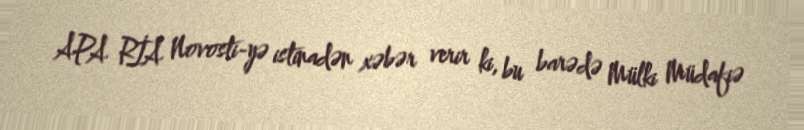
APA RİA Novosti-yə istinadən xəbər verir ki, bu barədə Mülki Müdafiə